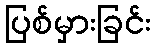
ပြစ်မှားခြင်း